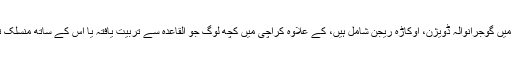
اسی طرح بعض دوسرے مقامات پر جن میں گوجرانوالہ ڈویژن، اوکاڑہ ریجن شامل ہیں، کے علاوہ کراچی میں کچھ لوگ جو القاعدہ سے تربیت یافتہ یا اس کے ساتھ منسلک تھے، وہ داعش کی طرف چلے گئے ہیں۔